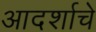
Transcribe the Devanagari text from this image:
आदर्शाचे